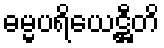
ဓမ္မပရိယေဋ္ဌီတိ